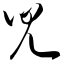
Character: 儿